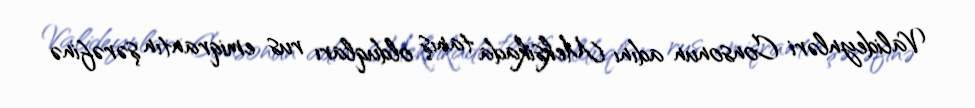
Valideynləri Consonun adını Meksikada tanış olduqları rus emiqrantın şərəfinə